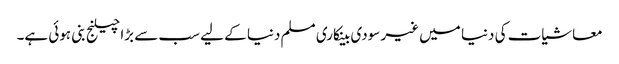
معاشیات کی دنیا میں غیر سودی بینکاری مسلم دنیا کے لیے سب سے بڑا چیلنج بنی ہوئی ہے۔